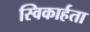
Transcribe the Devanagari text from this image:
स्विकार्हता